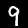
Label: 9